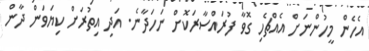
އެހެން މީހުންނަށް އެއްޗެހި ގޮވާ ފުރައްސާރަކޮށް ނަހަދާނެ. އަދި އިތުރަށް ކިޔަވަން ދާން